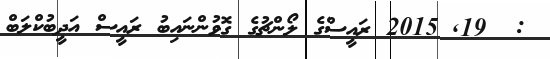
:  19